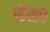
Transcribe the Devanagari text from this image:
सेंस०